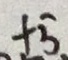
+ 5